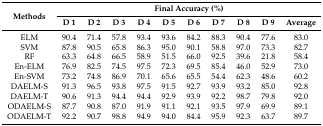
| <ROWSPAN=2> Methods | <COLSPAN=10> Final Accuracy (%) |
 | D 1 | D 2 | D 3 | D 4 | D 5 | D 6 | D 7 | D 8 | D 9 | Average |
 | --- | --- | --- | --- | --- | --- | --- | --- | --- | --- | --- |
 | ELM | 90.4 | 71.4 | 57.8 | 93.4 | 93.6 | 84.2 | 88.3 | 90.4 | 77.6 | 83.0 |
 | SVM | 87.8 | 90.5 | 65.8 | 86.3 | 95.0 | 90.1 | 58.8 | 97.0 | 73.3 | 82.7 |
 | RF | 63.3 | 64.8 | 66.5 | 58.9 | 51.5 | 66.0 | 92.5 | 39.6 | 21.8 | 58.4 |
 | En-ELM | 76.9 | 82.5 | 74.5 | 97.5 | 72.3 | 69.5 | 85.4 | 46.0 | 52.9 | 73.0 |
 | En-SVM | 73.2 | 74.8 | 86.9 | 70.1 | 65.6 | 65.5 | 54.4 | 62.3 | 48.6 | 60.2 |
 | DAELM-S | 91.3 | 96.5 | 93.8 | 97.5 | 91.5 | 92.7 | 93.9 | 93.2 | 85.0 | 92.8 |
 | DAELM-T | 90.6 | 91.3 | 94.4 | 94.4 | 92.9 | 93.9 | 92.2 | 98.7 | 79.8 | 92.0 |
 | ODAELM-S | 87.7 | 90.8 | 87.0 | 91.9 | 91.1 | 92.1 | 93.5 | 97.9 | 69.9 | 89.1 |
 | ODAELM-T | 92.2 | 90.7 | 98.8 | 94.9 | 94.0 | 84.4 | 95.9 | 92.3 | 63.7 | 89.7 |